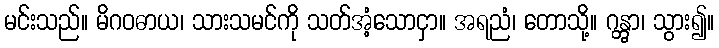
မင်းသည်။ မိဂဝဓာယ၊ သားသမင်ကို သတ်အံ့သောငှာ။ အရညံ၊ တောသို့။ ဂန္တွာ၊ သွား၍။